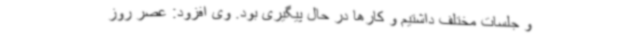
و جلسات مختلف داشتیم و کارها در حال پیگیری بود. وی افزود: عصر روز